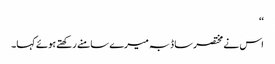
‘‘
اس نے مختصر سا ڈبہ میرے سامنے رکھتے ہوئے کہا۔